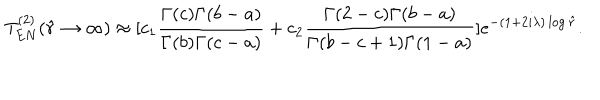
T _ { E N } ^ { ( 2 ) } ( \hat { r } \rightarrow \infty ) \approx [ c _ { 1 } \frac { \Gamma ( c ) \Gamma ( b - a ) } { \Gamma ( b ) \Gamma ( c - a ) } + c _ { 2 } \frac { \Gamma ( 2 - c ) \Gamma ( b - a ) } { \Gamma ( b - c + 1 ) \Gamma ( 1 - a ) } ] e ^ { - ( 1 + 2 i \lambda ) \log \hat { r } } .